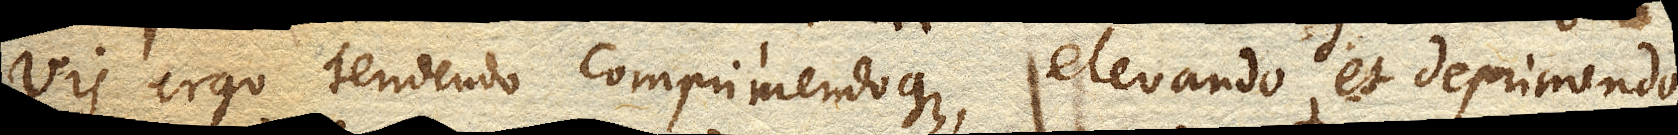
Vis ergo tendendo comprimendoque, elevando et deprimendo